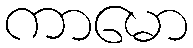
ကာမော